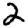
Digit: 2